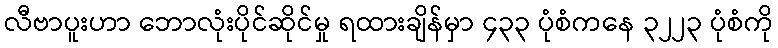
လီဗာပူးဟာ ဘောလုံးပိုင်ဆိုင်မှု ရထားချိန်မှာ ၄၃၃ ပုံစံကနေ ၃၂၂၃ ပုံစံကို